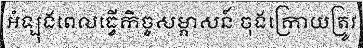
អំឡុងពេលធ្វើកិច្ចសម្ភាសន៍ ចុងក្រោយត្រូវ